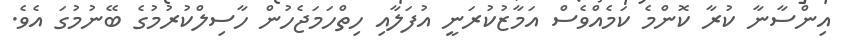
އިންސާނާ ކުރާ ކޮންމެ ކަމެއްވެސް އަމާޒުކުރަނީ އުފަލާއި ހިތްހަމަޖެހުން ހާސިލްކުރުމުގެ ބޭނުމުގަ އެވެ.